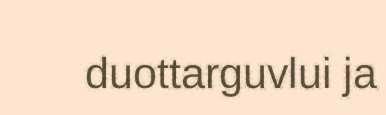
duottarguvlui ja